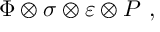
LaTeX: \Phi \otimes \sigma \otimes \varepsilon \otimes P \ ,